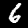
Digit: 6